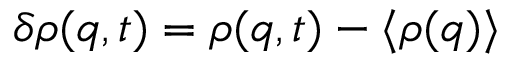
\delta \rho ( q , t ) = \rho ( q , t ) - \langle \rho ( q ) \rangle